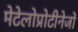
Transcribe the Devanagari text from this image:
मेटेलोप्रोटीनेजों